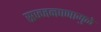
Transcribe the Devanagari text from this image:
सज्जनपणामुळे